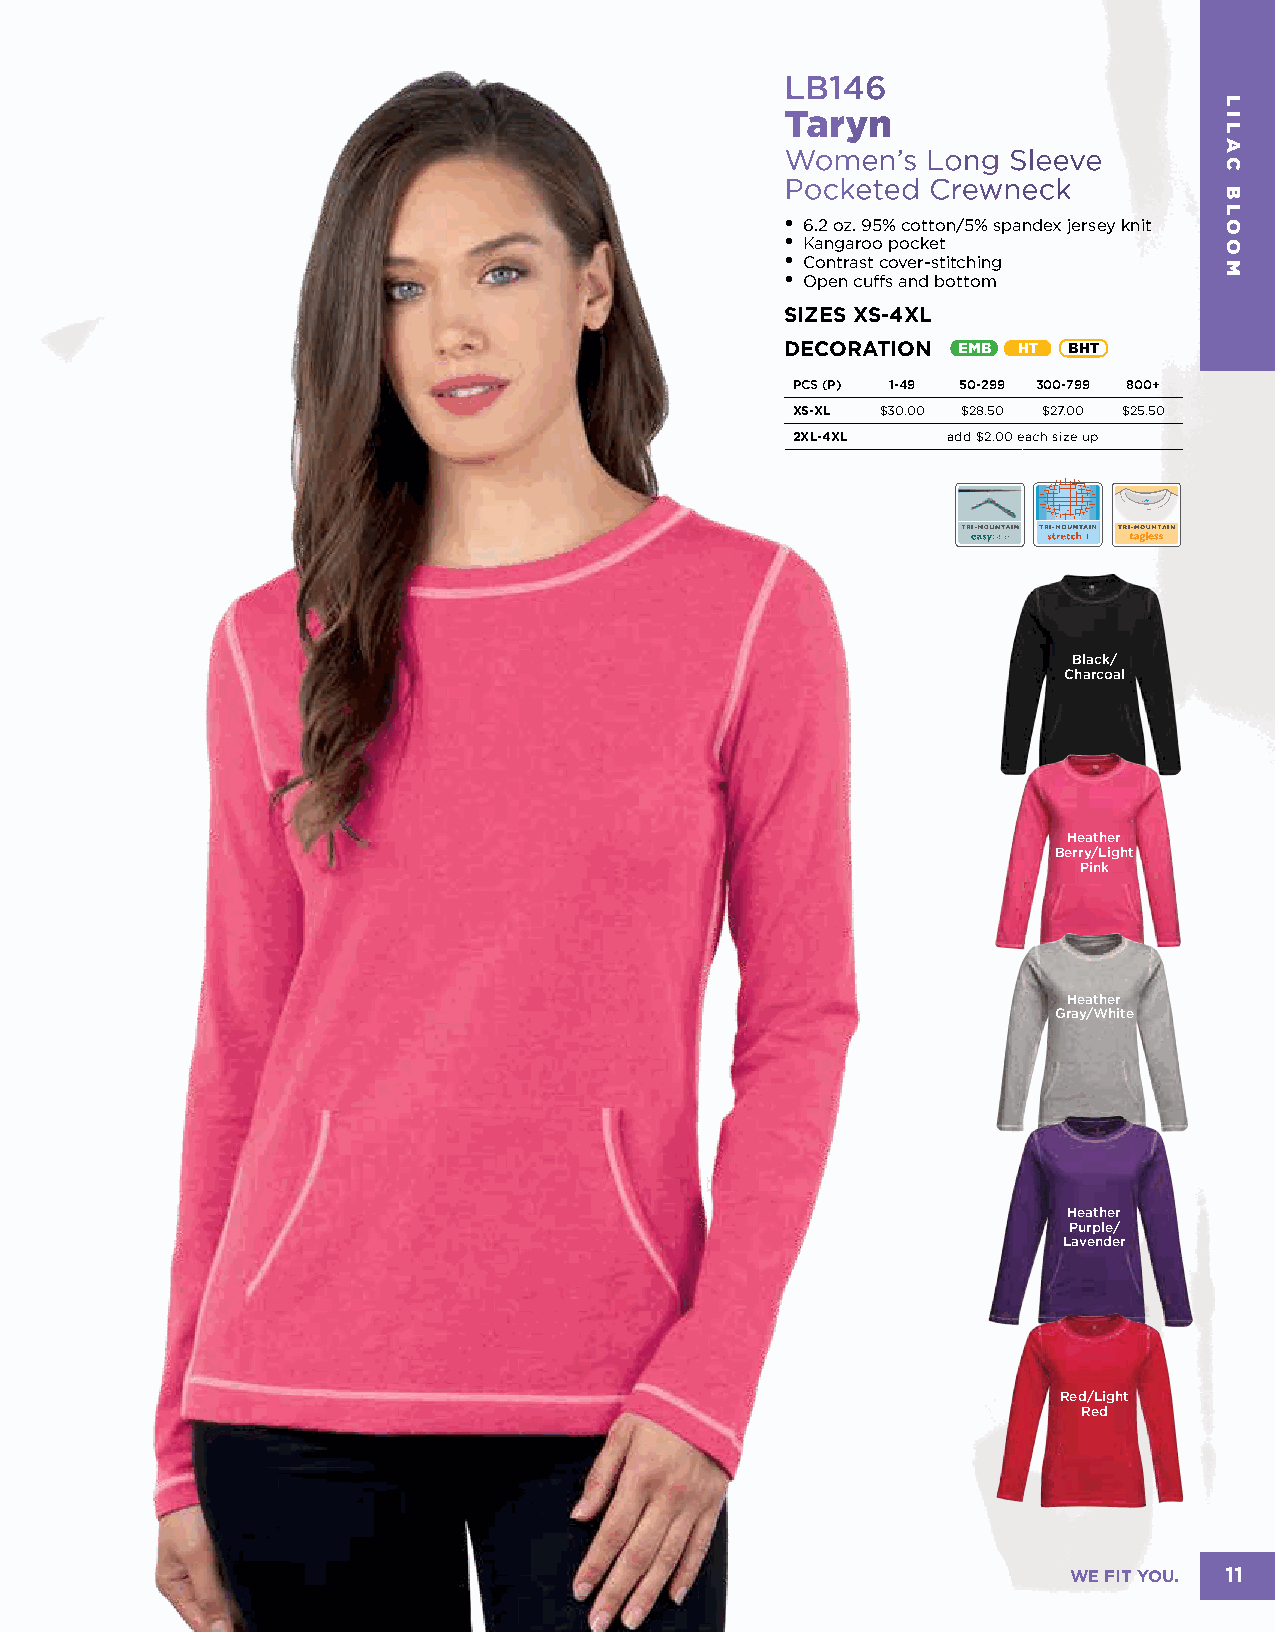
LB146
 Taryn
 Women’s  Long  Sleeve
 Pocketed  Crewneck
 • 6.2 oz. 95% cotton/5% spandex jersey knit
 • Kangaroo pocket
 • Contrast cover-stitching
 • Open cuffs and bottom
 SIZES XS-4XL
 DECORATION EMB HT  BHT
 PCS (P) 1-49 50-299 300-799 800+
 XS-XL $30.00 $28.50 $27.00 $25.50
 2XL-4XL    add $2.00 each size up
 Black/
 Charcoal
 Heather
 Berry/Light
 Pink
 Heather
 Gray/White
 Heather
 Purple/
 Lavender
 Red/Light
 Red
 WE FIT YOU. 11
 LILAC
 BLOOM